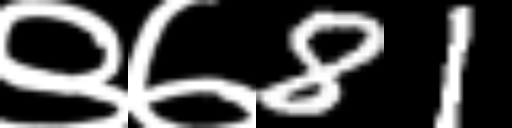
Text: ९७81